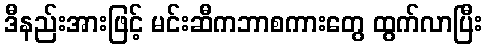
ဒီနည်းအားဖြင့် မင်းဆီကဘာစကားတွေ ထွက်လာပြီး